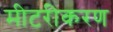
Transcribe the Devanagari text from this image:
मीटरीकरण